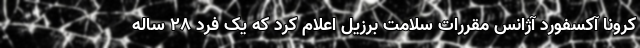
کرونا آکسفورد آژانس مقررات سلامت برزیل اعلام کرد که یک فرد ۲۸ ساله